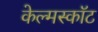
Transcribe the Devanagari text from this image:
केल्मस्काॅट